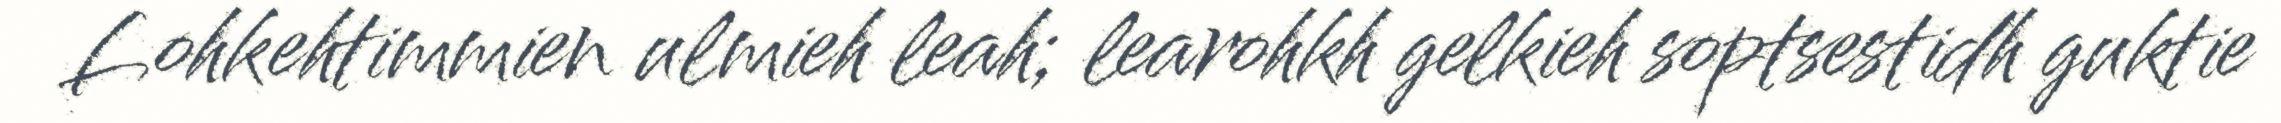
Lohkehtimmien ulmieh leah; learohkh gelkieh soptsestidh guktie